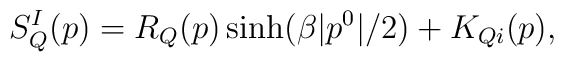
S^I_Q(p)=R_Q(p)\sinh(\beta|p^0|/2)+K_{Qi}(p),